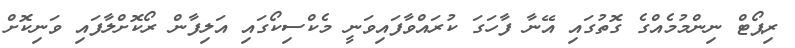
ރިޕޯޓް ނިންމުމެއްގެ ގޮތުގައި އޭނާ ފާހަގަ ކުރައްވާފައިވަނީ މެކްސިކޯގައި އަލިފާން ރޯކޮށްލާފައި ވަނިކޮށް